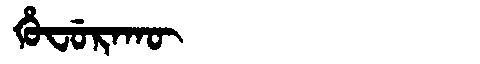
Manchu: ᡥᡠᠸᡠᡵᠠᡴᡡ
Romanization: HUFURAKŪ